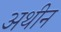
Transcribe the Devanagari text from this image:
अथीन